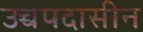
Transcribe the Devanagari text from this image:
उच्चपदासीन